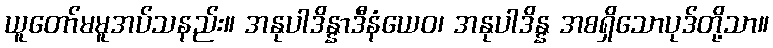
ယူတော်မမူအပ်သနည်း။ အနုပါဒိန္နာဒီနံယေဝ၊ အနုပါဒိန္န အစရှိသောပုဒ်တို့သာ။